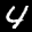
Label: 4